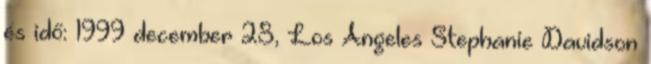
és idő: 1999 december 28, Los Angeles Stephanie Davidson